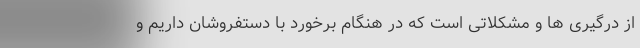
از درگیری ها و مشکلاتی است که در هنگام برخورد با دستفروشان داریم و